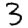
Digit: 3